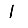
Digit: 1